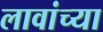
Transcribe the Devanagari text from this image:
लावांच्या